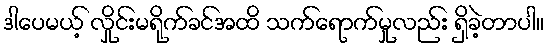
ဒါပေမယ့် လှိုင်းမရိုက်ခင်အထိ သက်ရောက်မှုလည်း ရှိခဲ့တာပါ။